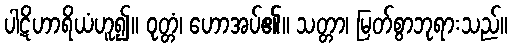
ပါဋိဟာရိယံဟူ၍။ ဝုတ္တံ၊ ဟောအပ်၏။ သတ္တာ၊ မြတ်စွာဘုရားသည်။